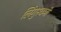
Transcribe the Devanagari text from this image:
लिंगुस्वमी